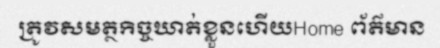
ត្រូវសមត្ថកិច្ចឃាត់ខ្លួនហើយHome ព័ត៌មាន